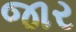
જાર